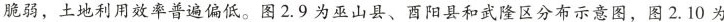
脆弱，土地利用效率普遍偏低。图2.9为巫山县、酉阳县和武隆区分布示意图，图2.10为